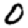
Digit: 0